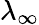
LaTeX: \lambda_{\infty}